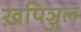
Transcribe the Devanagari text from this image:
ख़पिञ्जल